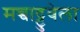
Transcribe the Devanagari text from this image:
मच्चाट्टुवेला